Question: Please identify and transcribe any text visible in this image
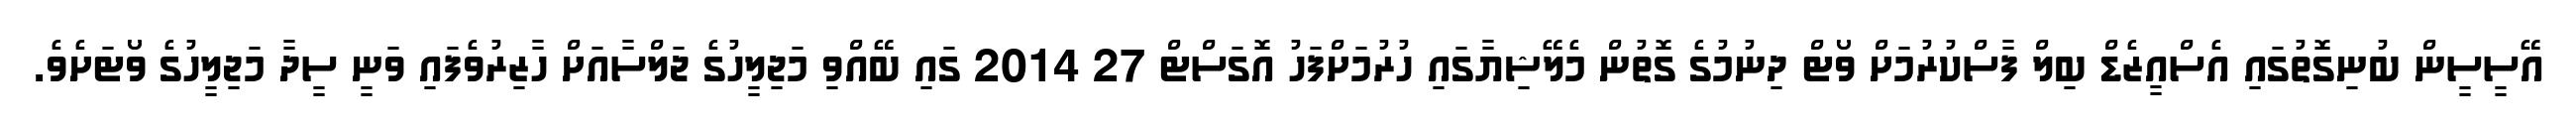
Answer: އޭސީސީން ބުނިގޮތުގައި އެސްއީޒެޑް ބިލް ފާސްކުރުމަށް ވޯޓް ދިނުމުގެ ގޮތުން މެލޭޝިޔާގައި ހުރުމަށްފަހު އޮގަސްޓް 27 2014 ގައި ބޭއްވި މަޖިލީހުގެ ޖަލްސާއަށް ހާޒިރުވެފައި ވަނީ ސީދާ މަޖިލީހުގެ ވޯޓަށެވެ.